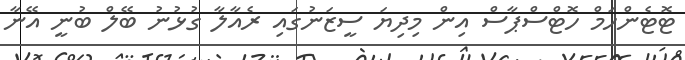
ޓޮޓެންހަމް ހޮޓްސްޕާސް އިން މިދިޔަ ސީޒަނުގައި ރެއާލާ ގުޅުނު ބޭލް ބުނީ އޭނާ